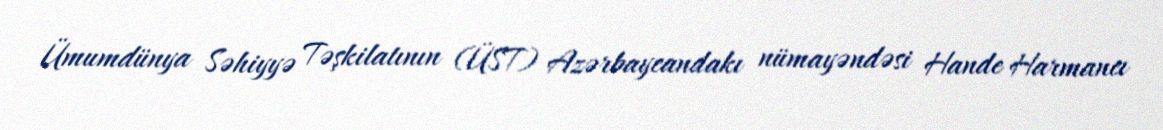
Ümumdünya Səhiyyə Təşkilatının (ÜST) Azərbaycandakı nümayəndəsi Hande Harmancı